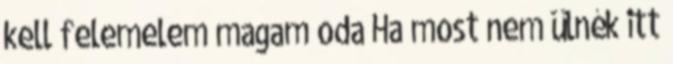
kell felemelem magam oda Ha most nem ülnék itt